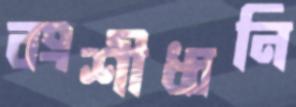
বংশীধ্বনি